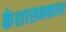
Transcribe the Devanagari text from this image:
केशासनकाल